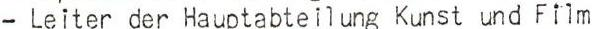
- Leiter der Hauptabteilung Kunst und Film